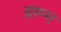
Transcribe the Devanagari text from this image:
ग्राम्म